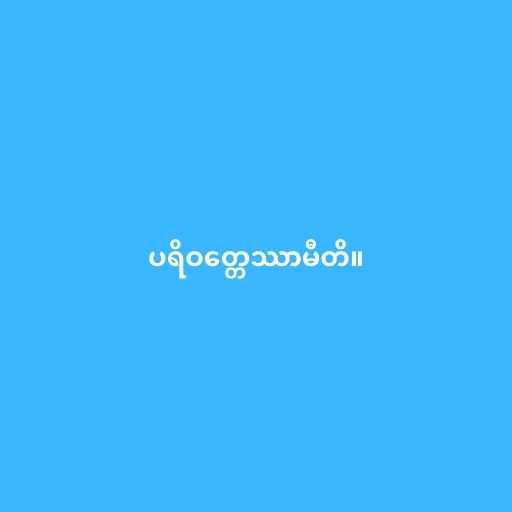
ပရိဝတ္တေဿာမီတိ။